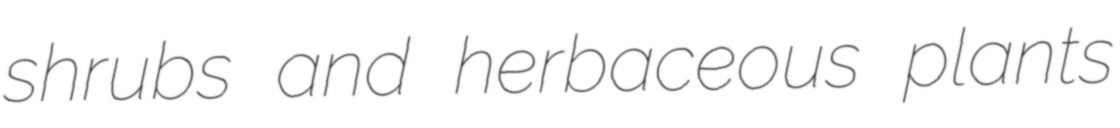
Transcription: shrubs and herbaceous plants